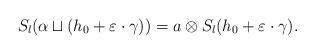
LaTeX: \begin{align*}S_{l}(\alpha\sqcup(h_{0}+\varepsilon\cdot\gamma))=a\otimes S_{l}(h_{0}+\varepsilon\cdot\gamma).\end{align*}